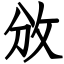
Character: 攽